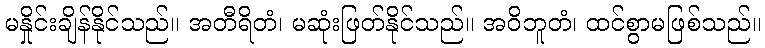
မနှိုင်းချိန်နိုင်သည်။ အတီရိတံ၊ မဆုံးဖြတ်နိုင်သည်။ အဝိဘူတံ၊ ထင်စွာမဖြစ်သည်။